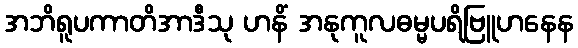
အဘိရူပကာတိအာဒီသု ဟနိံ အနုကူလဓမ္မပရိဗြူဟနေန